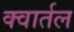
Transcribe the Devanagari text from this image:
क्वार्तल